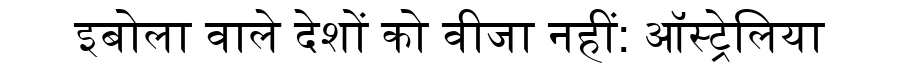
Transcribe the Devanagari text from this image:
इबोला वाले देशों को वीजा नहीं: ऑस्ट्रेलिया